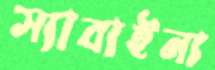
স্যাবাইনা